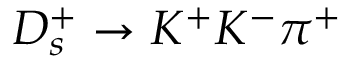
D _ { s } ^ { + } \to K ^ { + } K ^ { - } \pi ^ { + }